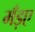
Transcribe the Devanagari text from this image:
मँड़ए